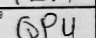
Transcription: QPU